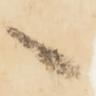
々